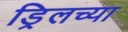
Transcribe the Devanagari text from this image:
ड्रिलच्या